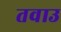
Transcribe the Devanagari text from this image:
तवाउ